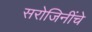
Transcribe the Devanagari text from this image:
सरोजिनींचे